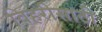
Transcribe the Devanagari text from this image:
विहरीसाठी